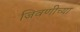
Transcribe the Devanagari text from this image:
जिवणीच्या